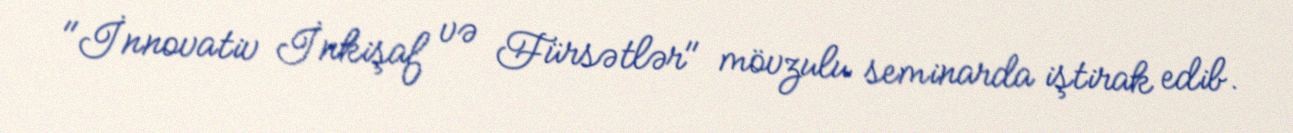
"İnnovativ İnkişaf və Fürsətlər" mövzulu seminarda iştirak edib.